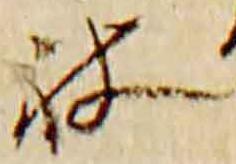
被